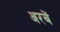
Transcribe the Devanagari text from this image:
अरबें